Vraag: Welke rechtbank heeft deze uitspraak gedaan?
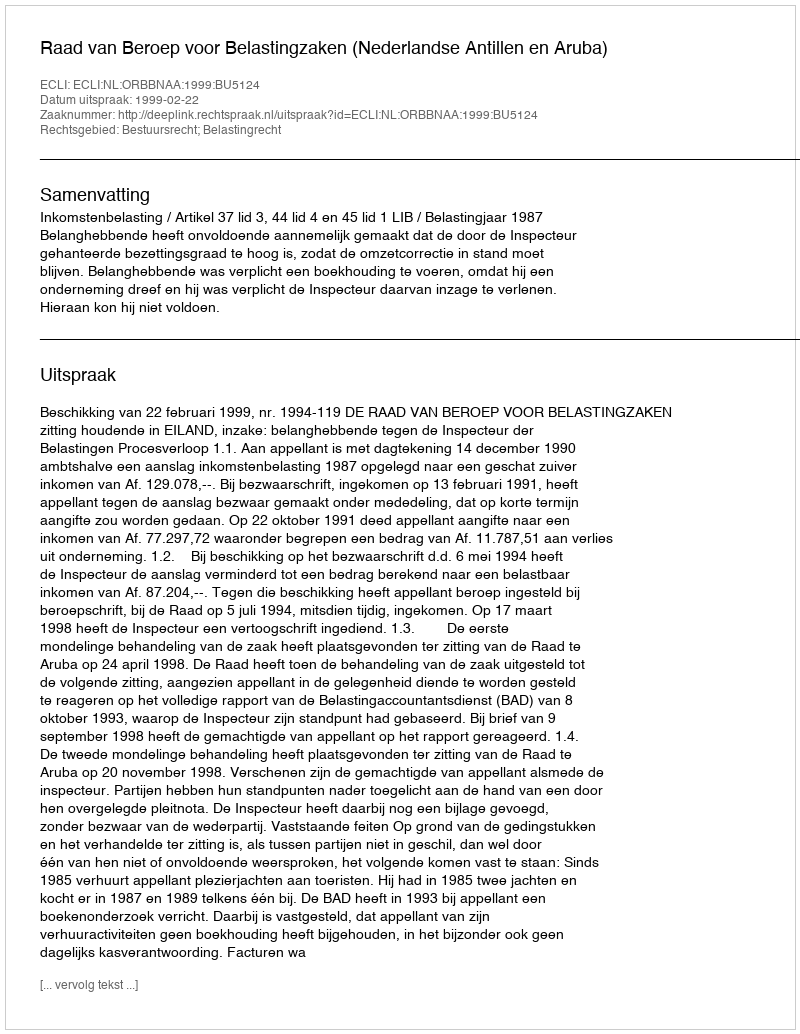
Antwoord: Raad van Beroep voor Belastingzaken (Nederlandse Antillen en Aruba)